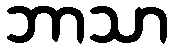
ဘာသာ